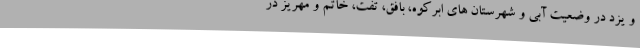
و یزد در وضعیت آبی و شهرستان های ابرکوه، بافق، تفت، خاتم و مهریز در